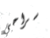
سراحي